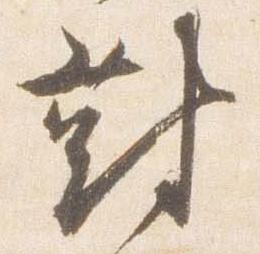
対